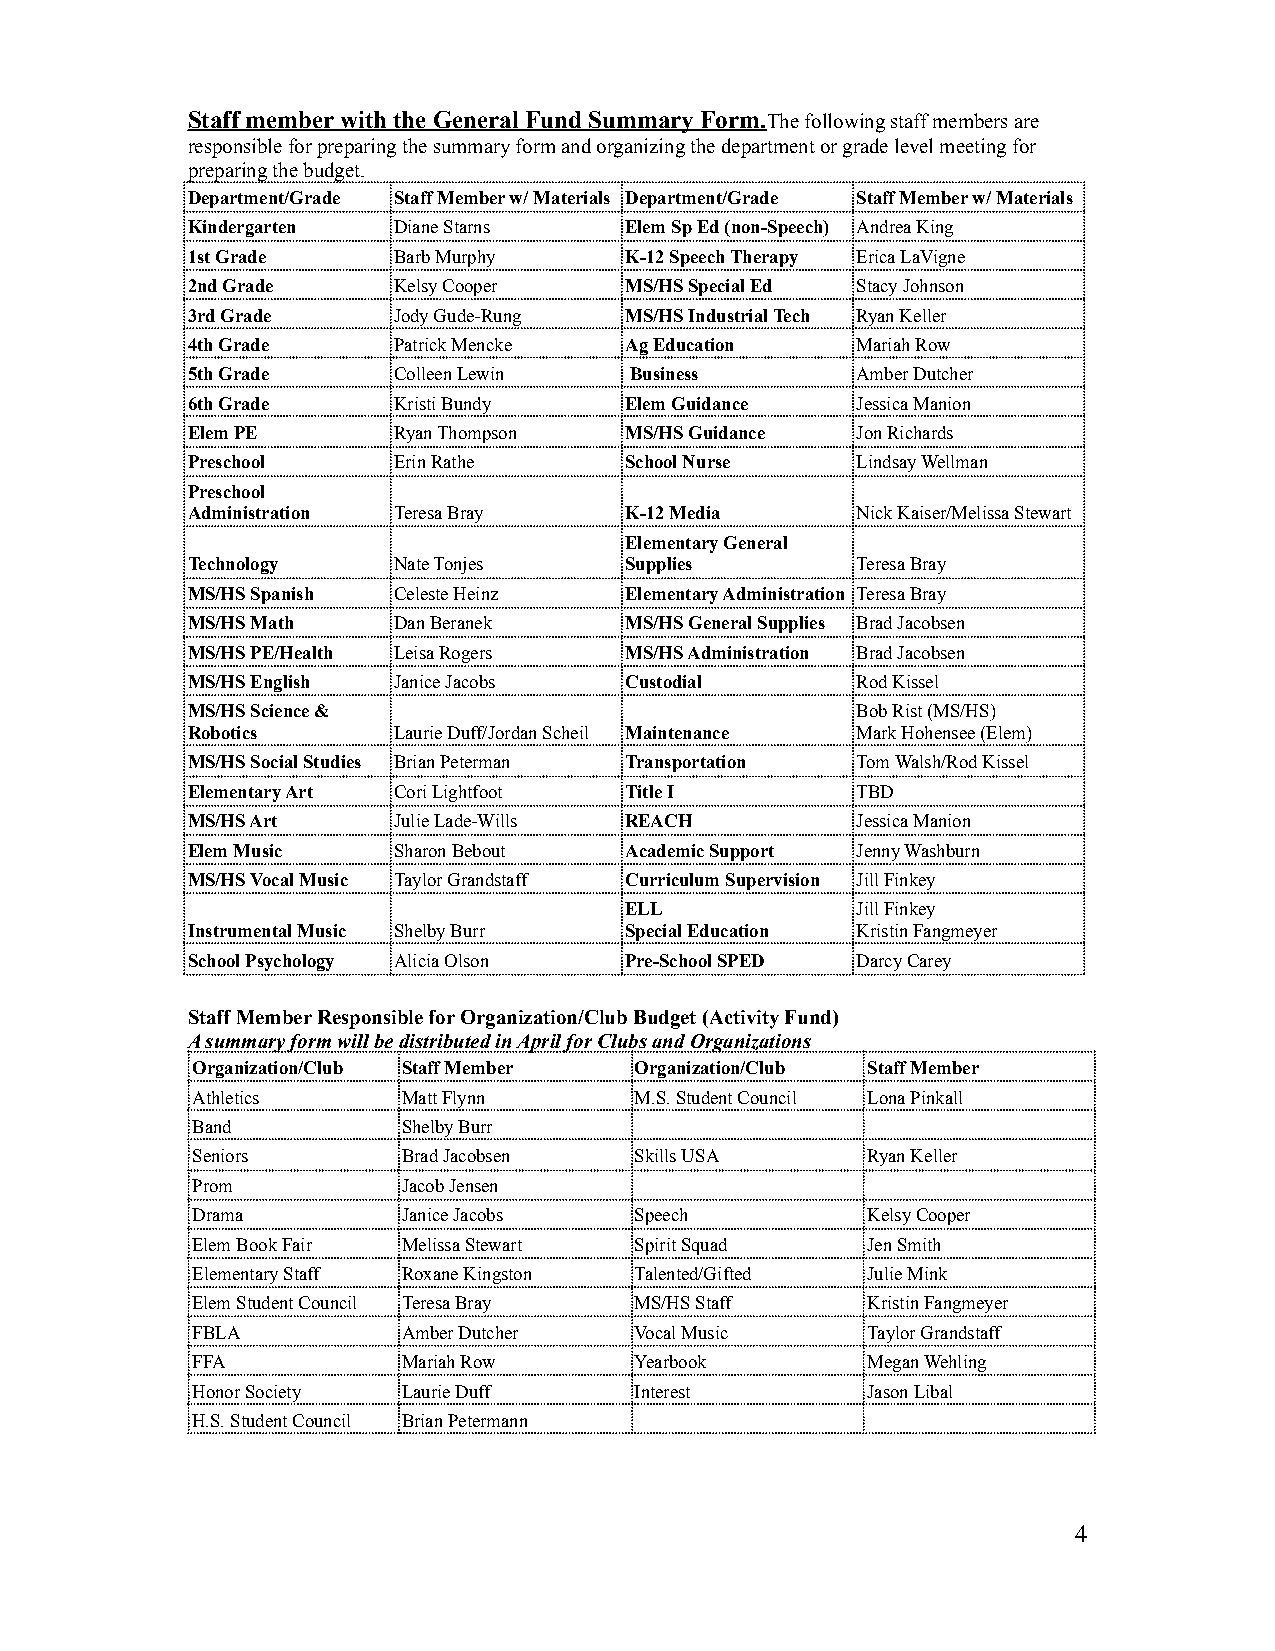
Staff member with the General Fund Summary Form.The following staff members are
 responsible for preparing the summary form and organizing the department or grade level meeting for
 preparing the budget.
 Department/Grade Staff Member w/ Materials Department/Grade Staff Member w/ Materials
 Kindergarten  Diane Starns   Elem Sp Ed (non-Speech) Andrea King
 1st Grade     Barb Murphy    K-12 Speech Therapy Erica LaVigne
 2nd Grade     Kelsy Cooper   MS/HS Special Ed Stacy Johnson
 3rd Grade     Jody Gude-Rung MS/HS Industrial Tech Ryan Keller
 4th Grade     Patrick Mencke Ag Education    Mariah Row
 5th Grade     Colleen Lewin   Business       Amber Dutcher
 6th Grade     Kristi Bundy   Elem Guidance   Jessica Manion
 Elem PE       Ryan Thompson  MS/HS Guidance  Jon Richards
 Preschool     Erin Rathe     School Nurse    Lindsay Wellman
 Preschool
 Administration Teresa Bray   K-12 Media      Nick Kaiser/Melissa Stewart
 Elementary General
 Technology    Nate Tonjes    Supplies        Teresa Bray
 MS/HS Spanish Celeste Heinz  Elementary Administration Teresa Bray
 MS/HS Math    Dan Beranek    MS/HS General Supplies Brad Jacobsen
 MS/HS PE/Health Leisa Rogers MS/HS Administration Brad Jacobsen
 MS/HS English Janice Jacobs  Custodial       Rod Kissel
 MS/HS Science &                              Bob Rist (MS/HS)
 Robotics      Laurie Duff/Jordan Scheil Maintenance Mark Hohensee (Elem)
 MS/HS Social Studies Brian Peterman Transportation Tom Walsh/Rod Kissel
 Elementary Art Cori Lightfoot Title I        TBD
 MS/HS Art     Julie Lade-Wills REACH         Jessica Manion
 Elem Music    Sharon Bebout  Academic Support Jenny Washburn
 MS/HS Vocal Music Taylor Grandstaff Curriculum Supervision Jill Finkey
 ELL             Jill Finkey
 Instrumental Music Shelby Burr Special Education Kristin Fangmeyer
 School Psychology Alicia Olson Pre-School SPED Darcy Carey
 Staff Member Responsible for Organization/Club Budget (Activity Fund)
 A summary form will be distributed in April for Clubs and Organizations
 Organization/Club Staff Member Organization/Club Staff Member
 Athletics     Matt Flynn     M.S. Student Council Lona Pinkall
 Band          Shelby Burr
 Seniors       Brad Jacobsen  Skills USA     Ryan Keller
 Prom          Jacob Jensen
 Drama         Janice Jacobs  Speech         Kelsy Cooper
 Elem Book Fair Melissa Stewart Spirit Squad Jen Smith
 Elementary Staff Roxane Kingston Talented/Gifted Julie Mink
 Elem Student Council Teresa Bray MS/HS Staff Kristin Fangmeyer
 FBLA          Amber Dutcher  Vocal Music    Taylor Grandstaff
 FFA           Mariah Row     Yearbook       Megan Wehling
 Honor Society Laurie Duff    Interest       Jason Libal
 H.S. Student Council Brian Petermann
 4